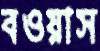
বওয়াস